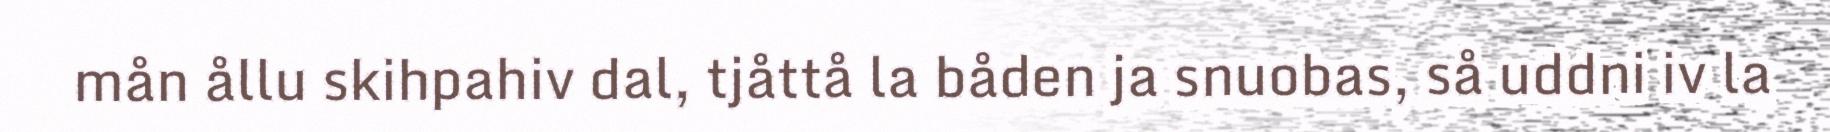
mån ållu skihpahiv dal, tjåttå la båden ja snuobas, så uddni iv la